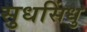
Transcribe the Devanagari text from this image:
सुधसिंधु